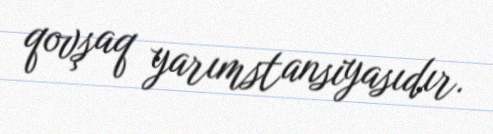
qovşaq yarımstansiyasıdır.